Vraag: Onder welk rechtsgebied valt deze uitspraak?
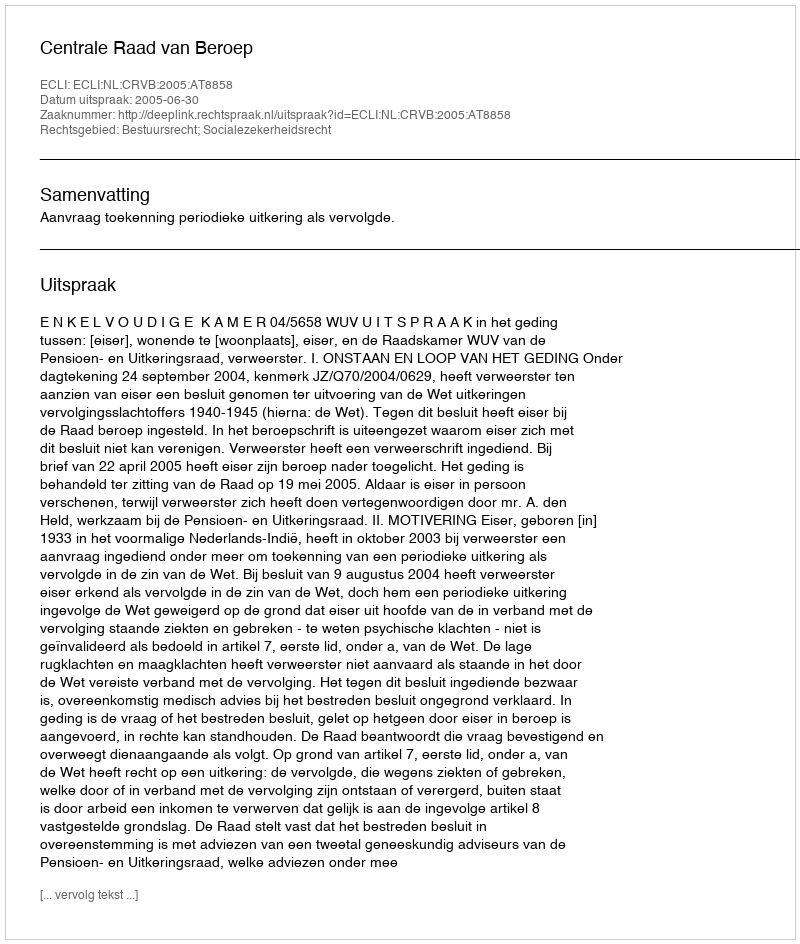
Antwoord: Bestuursrecht; Socialezekerheidsrecht